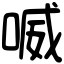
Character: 喴